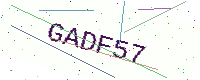
Text: GADF57